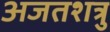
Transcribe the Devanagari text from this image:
अजतशत्रु